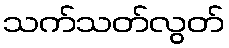
သက်သတ်လွတ်